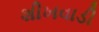
શીખવાડી